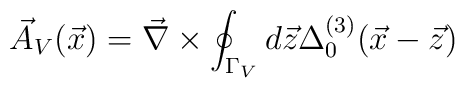
\vec{A}_V(\vec{x})=\vec{\nabla}\times \oint_{\Gamma_V} d\vec{z}\Delta^{(3)}_0(\vec{x}-\vec{z})